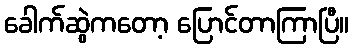
ခေါက်ဆွဲကတော့ ပြောင်တာကြာပြီ။